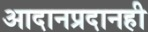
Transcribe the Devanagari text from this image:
आदानप्रदानही